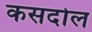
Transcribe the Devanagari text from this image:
कसदोल